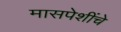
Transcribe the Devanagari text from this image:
मासपेशींचे